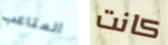
المتاعب كانت